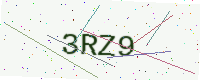
Text: 3RZ9